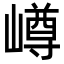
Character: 嶟